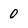
Character: 0